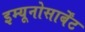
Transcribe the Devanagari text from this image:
इम्यूनोसार्बेंट